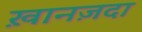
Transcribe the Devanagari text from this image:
ख़ानज़दा